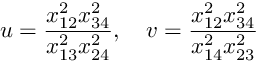
u = \frac { x _ { 1 2 } ^ { 2 } x _ { 3 4 } ^ { 2 } } { x _ { 1 3 } ^ { 2 } x _ { 2 4 } ^ { 2 } } , \quad v = \frac { x _ { 1 2 } ^ { 2 } x _ { 3 4 } ^ { 2 } } { x _ { 1 4 } ^ { 2 } x _ { 2 3 } ^ { 2 } }